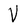
Character: V